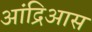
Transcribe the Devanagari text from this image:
आंद्रिआस